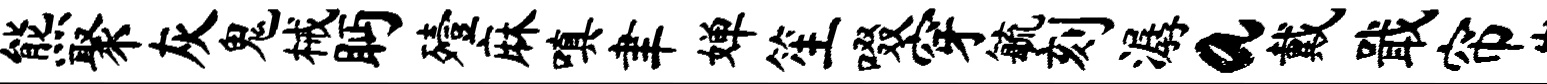
熊聚灰鬼械眄殪麻嗔聿婵笙啜穿毓刻潺a戴戢帘崖